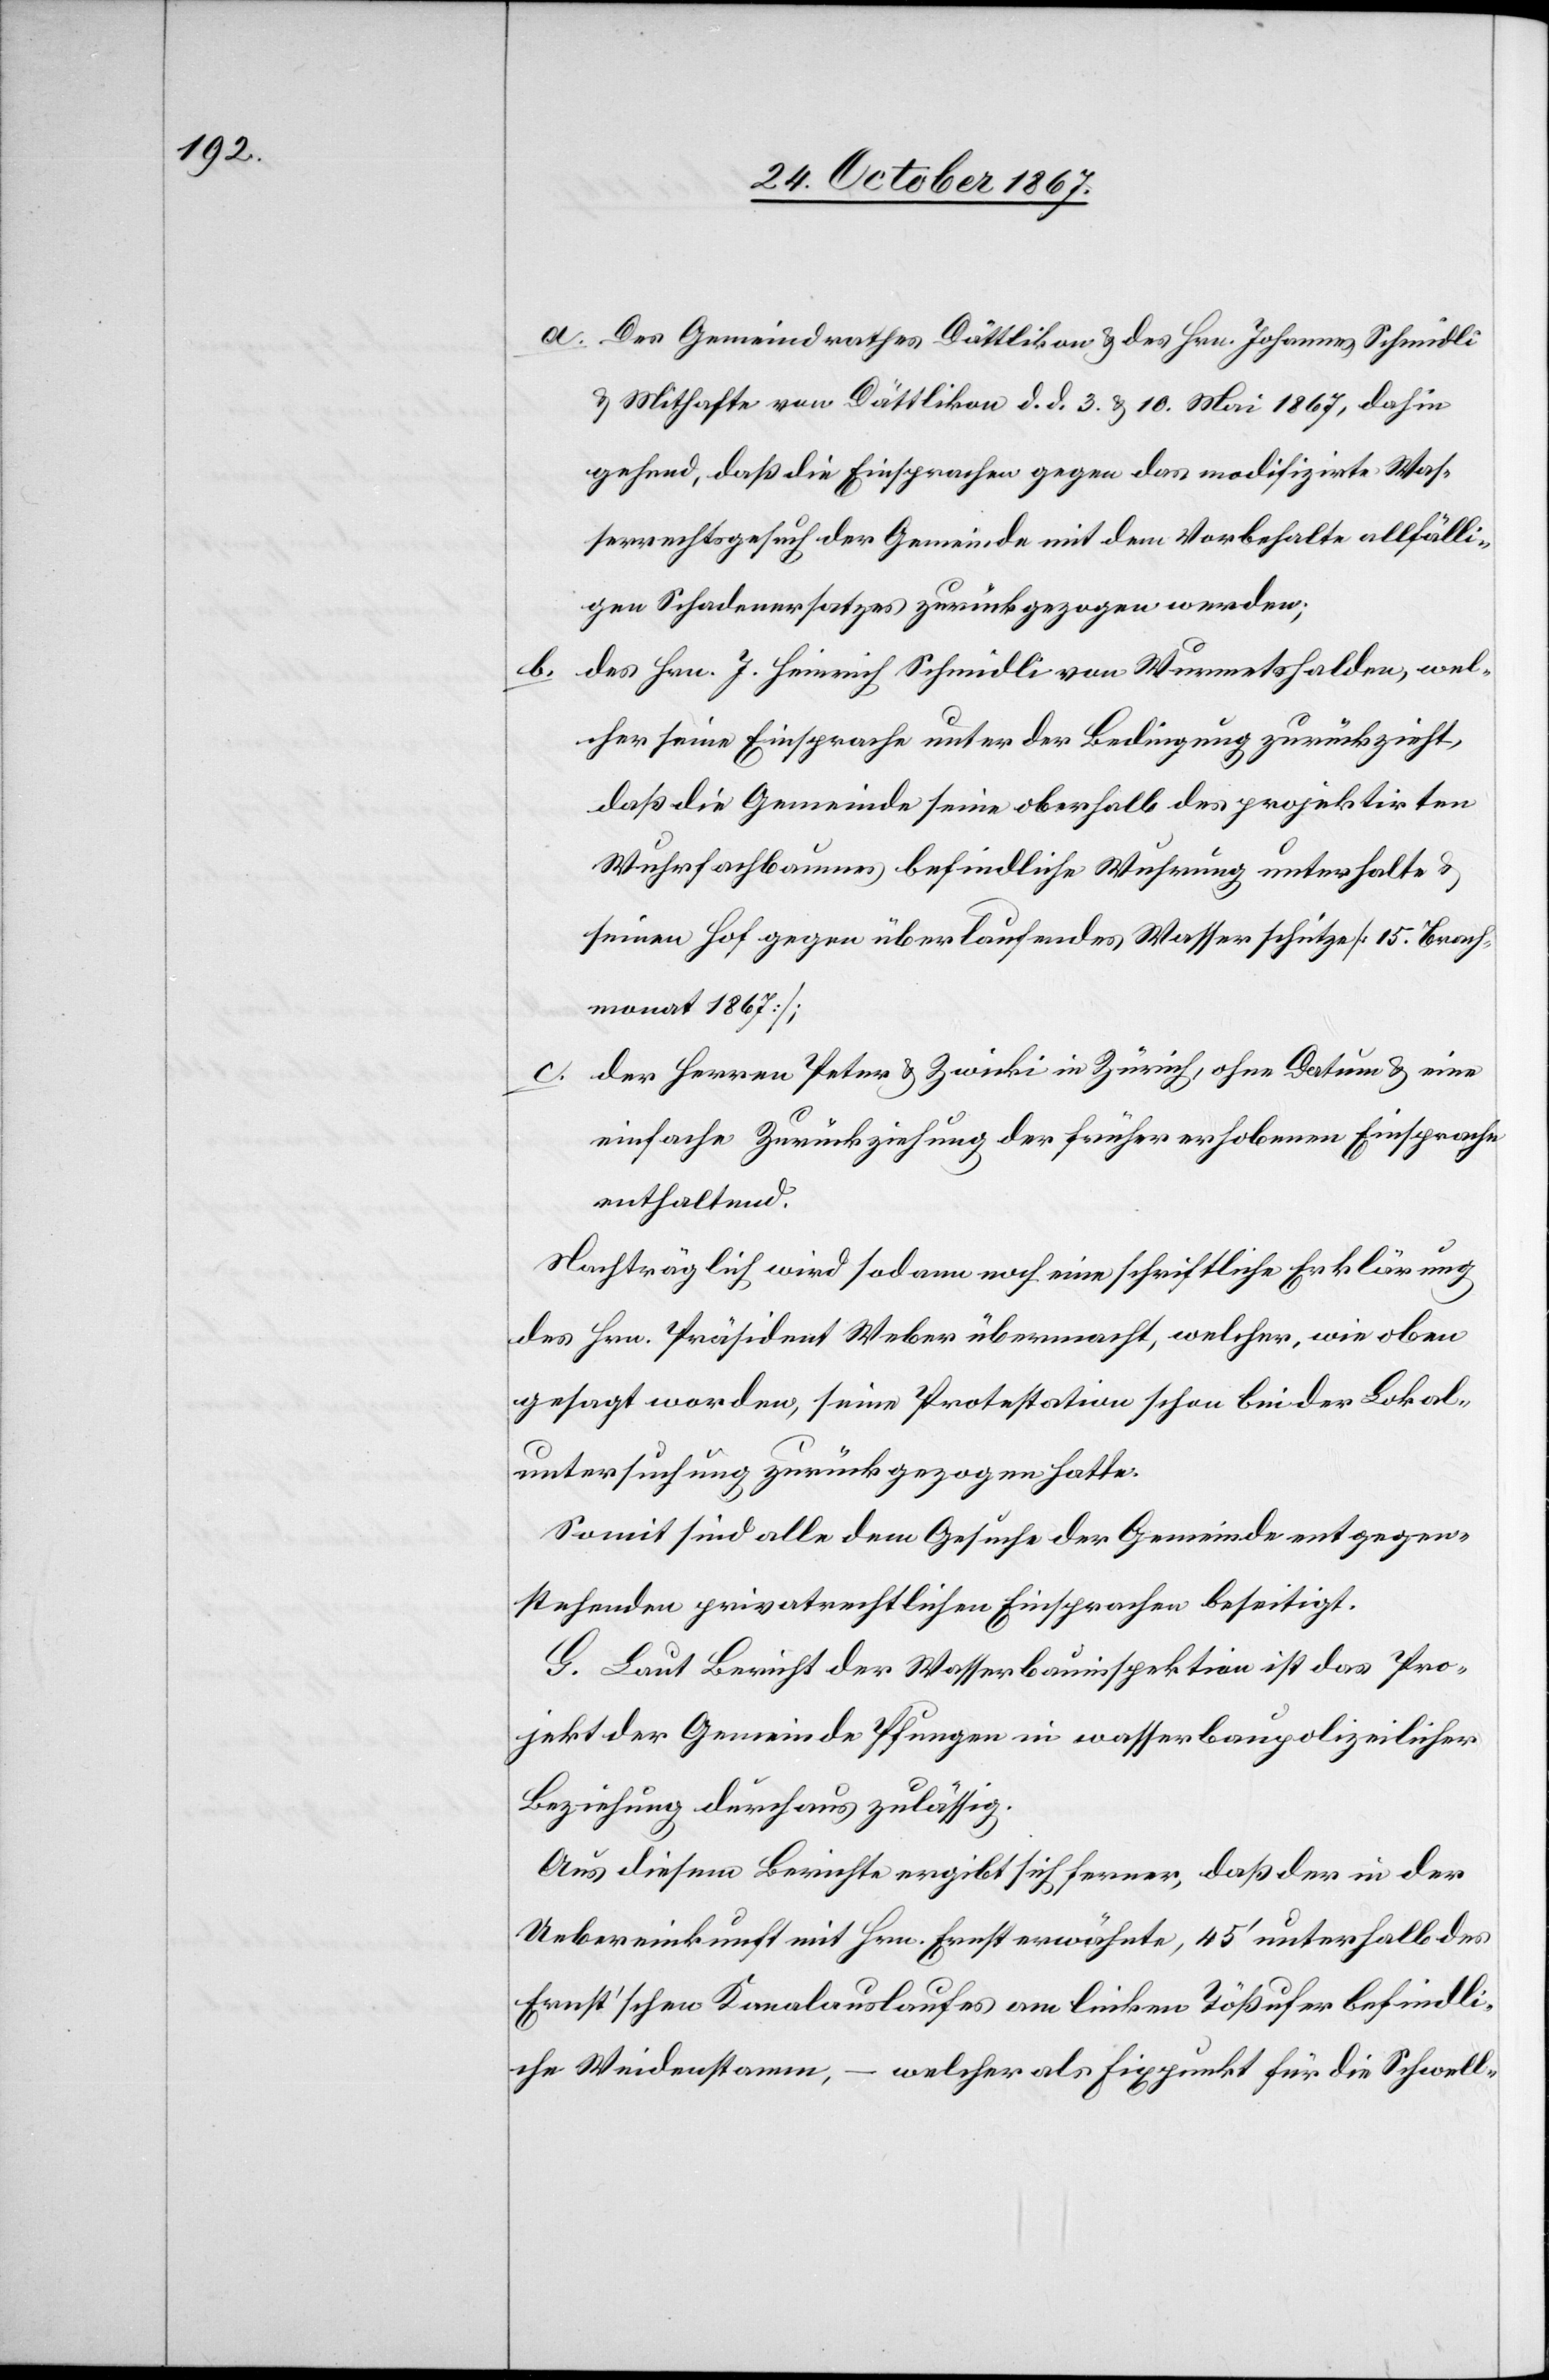
b.

a. Des Gemeindrathes Dättlikon u. des Hrn. Johannes Schmidli
u. Mithafte von Dättlikon d. d. 3. u. 10. Mai 1867, dahin
gehend, daß die Einsprachen gegen das modifizirte Was¬
serrechtsgesuch der Gemeinde mit dem Vorbehalte allfälli¬
gen Schadenersatzes zurückgezogen werden;
des Hrn. J. Heinrich Schmidli von Wurmetshalden, wel¬
cher seine Einsprache unter der Bedingung zurückzieht,
daß die Gemeinde seine oberhalb des projektirten
Wuhrfachbaumes befindliche Wuhrung unterhalte
seinen Hof gegen überlaufendes Wasser schütze [15. Brach¬
monat 1867];
der Herren Peter u. Zwicki in Zürich, ohne Datum u. eine
einfache Zurückziehung der früher erhobenen Einsprache
enthaltend.
Nachträglich wird sodann noch eine schriftliche Erklärung
des Hrn. Präsident Weber übermacht, welcher, wie oben
gesagt worden, seine Protestation schon bei der Lokal¬
untersuchung zurückgezogen hatte.
Somit sind alle dem Gesuche der Gemeinde entgegen¬
stehenden privatrechtlichen Einsprachen beseitigt.
G. Laut Bericht der Wasserbauinspektion ist das Pro¬
jekt der Gemeinde Pfungen in wasserbaupolizeilicher
Beziehung durchaus zulässig.
Aus diesem Berichte ergibt sich ferner, daß der in der
Uebereinkunft mit Hrn. Ernst erwähnte, 45‘ unterhalb des
Ernst’schen Kanalauslaufes am linken Tößufer befindli¬
che Weidenstamm, – welcher als Fixpunkt für die Schwell-